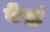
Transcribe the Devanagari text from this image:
केंद्रां